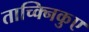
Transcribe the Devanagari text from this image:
ताच्क्निकुए